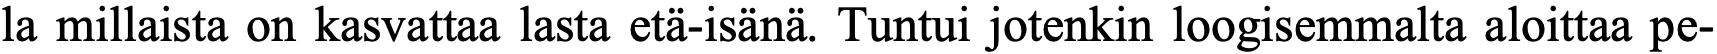
la millaista on kasvattaa lasta etä-isänä. Tuntui jotenkin loogisemmalta aloittaa pe-